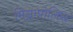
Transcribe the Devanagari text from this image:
मिन्नापोलिस